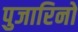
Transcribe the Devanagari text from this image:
पुजारिनो